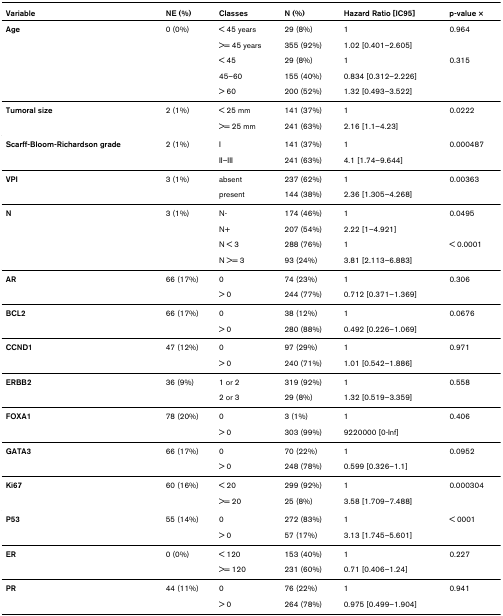
<table><thead><tr><td><b>Variable</b></td><td><b>NE (%)</b></td><td><b>Classes</b></td><td><b>N (%)</b></td><td><b>Hazard Ratio [IC95]</b></td><td><b>p-value ×</b></td></tr></thead><tbody><tr><td><b>Age</b></td><td>0 (0%)</td><td>&lt; 45 years</td><td>29 (8%)</td><td>1</td><td>0.964</td></tr><tr><td></td><td></td><td>&gt;= 45 years</td><td>355 (92%)</td><td>1.02 [0.401–2.605]</td><td></td></tr><tr><td></td><td></td><td>&lt; 45</td><td>29 (8%)</td><td>1</td><td>0.315</td></tr><tr><td></td><td></td><td>45–60</td><td>155 (40%)</td><td>0.834 [0.312–2.226]</td><td></td></tr><tr><td></td><td></td><td>&gt; 60</td><td>200 (52%)</td><td>1.32 [0.493–3.522]</td><td></td></tr><tr><td><b>Tumoral size</b></td><td>2 (1%)</td><td>&lt; 25 mm</td><td>141 (37%)</td><td>1</td><td>0.0222</td></tr><tr><td></td><td></td><td>&gt;= 25 mm</td><td>241 (63%)</td><td>2.16 [1.1–4.23]</td><td></td></tr><tr><td><b>Scarff-Bloom-Richardson grade</b></td><td>2 (1%)</td><td>I</td><td>141 (37%)</td><td>1</td><td>0.000487</td></tr><tr><td></td><td></td><td>II–III</td><td>241 (63%)</td><td>4.1 [1.74–9.644]</td><td></td></tr><tr><td><b>VPI</b></td><td>3 (1%)</td><td>absent</td><td>237 (62%)</td><td>1</td><td>0.00363</td></tr><tr><td></td><td></td><td>present</td><td>144 (38%)</td><td>2.36 [1.305–4.268]</td><td></td></tr><tr><td><b>N</b></td><td>3 (1%)</td><td>N-</td><td>174 (46%)</td><td>1</td><td>0.0495</td></tr><tr><td></td><td></td><td>N+</td><td>207 (54%)</td><td>2.22 [1–4.921]</td><td></td></tr><tr><td></td><td></td><td>N &lt; 3</td><td>288 (76%)</td><td>1</td><td>&lt; 0.0001</td></tr><tr><td></td><td></td><td>N &gt;= 3</td><td>93 (24%)</td><td>3.81 [2.113–6.883]</td><td></td></tr><tr><td><b>AR</b></td><td>66 (17%)</td><td>0</td><td>74 (23%)</td><td>1</td><td>0.306</td></tr><tr><td></td><td></td><td>&gt; 0</td><td>244 (77%)</td><td>0.712 [0.371–1.369]</td><td></td></tr><tr><td><b>BCL2</b></td><td>66 (17%)</td><td>0</td><td>38 (12%)</td><td>1</td><td>0.0676</td></tr><tr><td></td><td></td><td>&gt; 0</td><td>280 (88%)</td><td>0.492 [0.226–1.069]</td><td></td></tr><tr><td><b>CCND1</b></td><td>47 (12%)</td><td>0</td><td>97 (29%)</td><td>1</td><td>0.971</td></tr><tr><td></td><td></td><td>&gt; 0</td><td>240 (71%)</td><td>1.01 [0.542–1.886]</td><td></td></tr><tr><td><b>ERBB2</b></td><td>36 (9%)</td><td>1 or 2</td><td>319 (92%)</td><td>1</td><td>0.558</td></tr><tr><td></td><td></td><td>2 or 3</td><td>29 (8%)</td><td>1.32 [0.519–3.359]</td><td></td></tr><tr><td><b>FOXA1</b></td><td>78 (20%)</td><td>0</td><td>3 (1%)</td><td>1</td><td>0.406</td></tr><tr><td></td><td></td><td>&gt; 0</td><td>303 (99%)</td><td>9220000 [0-Inf]</td><td></td></tr><tr><td><b>GATA3</b></td><td>66 (17%)</td><td>0</td><td>70 (22%)</td><td>1</td><td>0.0952</td></tr><tr><td></td><td></td><td>&gt; 0</td><td>248 (78%)</td><td>0.599 [0.326–1.1]</td><td></td></tr><tr><td><b>Ki67</b></td><td>60 (16%)</td><td>&lt; 20</td><td>299 (92%)</td><td>1</td><td>0.000304</td></tr><tr><td></td><td></td><td>&gt;= 20</td><td>25 (8%)</td><td>3.58 [1.709–7.488]</td><td></td></tr><tr><td><b>P53</b></td><td>55 (14%)</td><td>0</td><td>272 (83%)</td><td>1</td><td>&lt; 0001</td></tr><tr><td></td><td></td><td>&gt; 0</td><td>57 (17%)</td><td>3.13 [1.745–5.601]</td><td></td></tr><tr><td><b>ER</b></td><td>0 (0%)</td><td>&lt; 120</td><td>153 (40%)</td><td>1</td><td>0.227</td></tr><tr><td></td><td></td><td>&gt;= 120</td><td>231 (60%)</td><td>0.71 [0.406–1.24]</td><td></td></tr><tr><td><b>PR</b></td><td>44 (11%)</td><td>0</td><td>76 (22%)</td><td>1</td><td>0.941</td></tr><tr><td></td><td></td><td>&gt; 0</td><td>264 (78%)</td><td>0.975 [0.499–1.904]</td><td></td></tr></tbody></table>